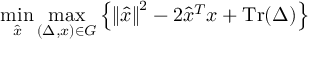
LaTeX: \operatorname* { m i n } _ { \hat { x } } \operatorname* { m a x } _ { ( \Delta , x ) \in G } \left\{ \left\| { \hat { x } } \right\| ^ { 2 } - 2 { \hat { x } } ^ { T } x + \operatorname { T r } ( \Delta ) \right\}